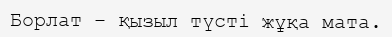
Борлат – қызыл түсті жұқа мата.